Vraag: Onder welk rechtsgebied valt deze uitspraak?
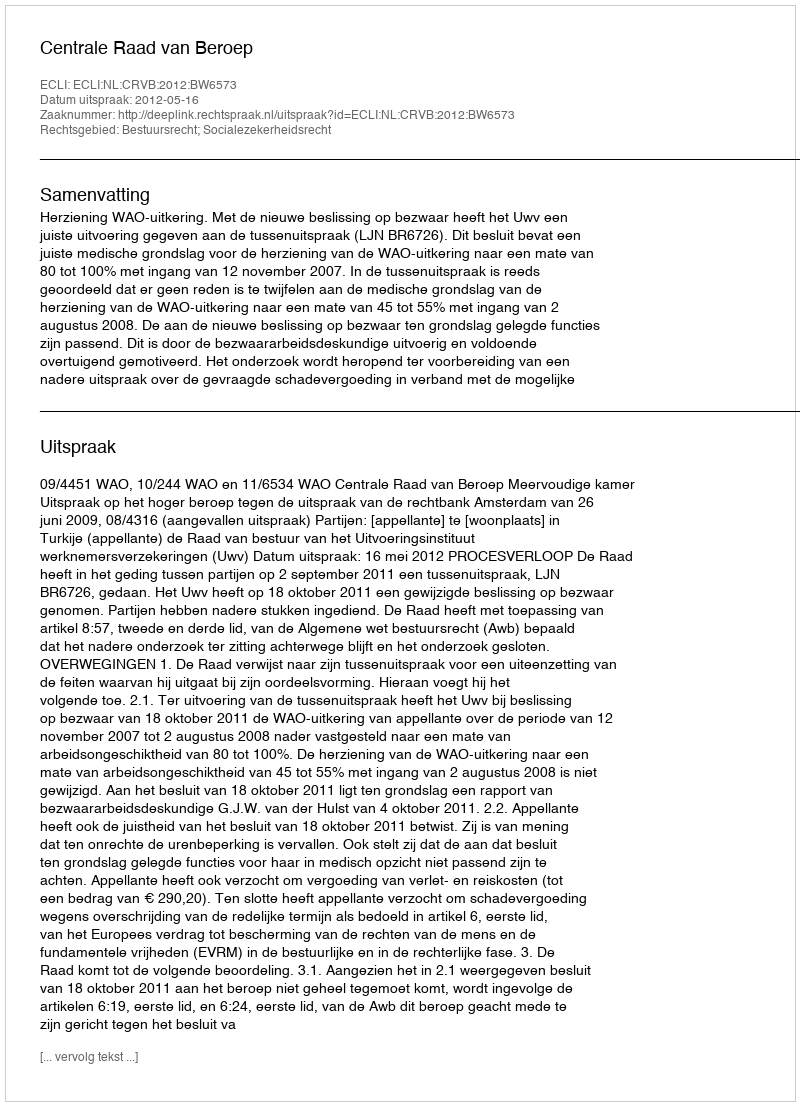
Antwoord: Bestuursrecht; Socialezekerheidsrecht